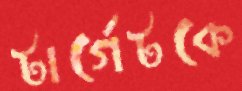
টার্গেটকে